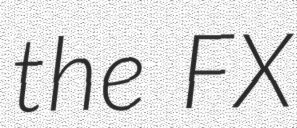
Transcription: the FX